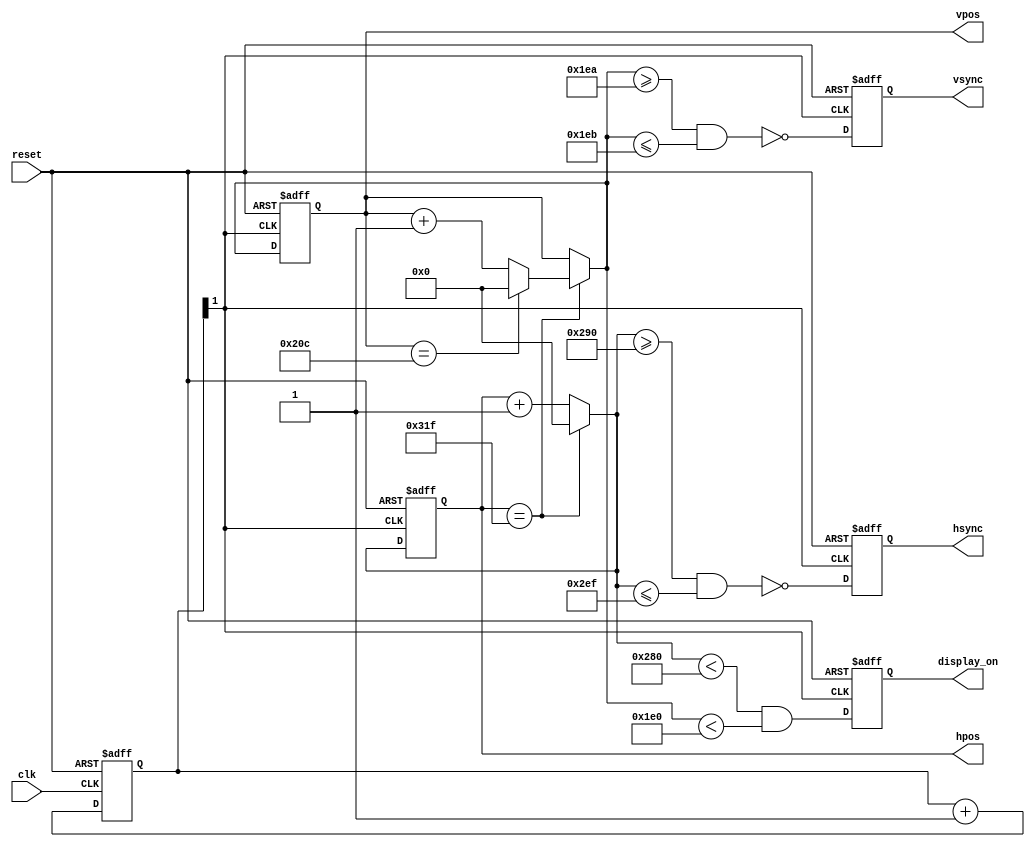
`timescale 1ns / 1ps
`define CLK_FREQUENCY  100000000

module vga
# (
    parameter N_MIXER_PIPE_STAGES = 0,

              HPOS_WIDTH          = 10,
              VPOS_WIDTH          = 10,

              // Horizontal constants

              H_DISPLAY           = 640,  // Horizontal display width
              H_FRONT             =  16,  // Horizontal right border (front porch)
              H_SYNC              =  96,  // Horizontal sync width
              H_BACK              =  48,  // Horizontal left border (back porch)

              // Vertical constants

              V_DISPLAY           = 480,  // Vertical display height
              V_BOTTOM            =  10,  // Vertical bottom border
              V_SYNC              =   2,  // Vertical sync # lines
              V_TOP               =  33   // Vertical top border
)
(
    input                         clk,
    input                         reset,
    output reg                    hsync,
    output reg                    vsync,
    output reg                    display_on,
    output reg [HPOS_WIDTH - 1:0] hpos,
    output reg [VPOS_WIDTH - 1:0] vpos
);

    // Derived constants

    localparam H_SYNC_START  = H_DISPLAY    + H_FRONT + N_MIXER_PIPE_STAGES,
               H_SYNC_END    = H_SYNC_START + H_SYNC  - 1,
               H_MAX         = H_SYNC_END   + H_BACK,

               V_SYNC_START  = V_DISPLAY    + V_BOTTOM,
               V_SYNC_END    = V_SYNC_START + V_SYNC  - 1,
               V_MAX         = V_SYNC_END   + V_TOP;

    // Calculating next values of the counters

    reg [HPOS_WIDTH - 1:0] d_hpos;
    reg [VPOS_WIDTH - 1:0] d_vpos;

    always @*
    begin
        if (hpos == H_MAX)
        begin
            d_hpos = 1'd0;
            if (vpos == V_MAX) d_vpos = 1'd0;
            else d_vpos = vpos + 1'd1;
        end
        else
        begin
          d_hpos = hpos + 1'd1;
          d_vpos = vpos;
        end
    end

         reg [1:0] clk_cnt;

        always @ (posedge clk or negedge reset)
            if (~reset) clk_cnt <= 2'b0;
            else clk_cnt <= clk_cnt + 1;

        wire clk_25 = clk_cnt [1];

    always @ (posedge clk_25 or negedge reset)
    begin
        if (~reset)
        begin
            hsync       <= 1'b0;
            vsync       <= 1'b0;
            display_on  <= 1'b0;
            hpos        <= 1'b0;
            vpos        <= 1'b0;
        end
        else 
        begin
            hsync       <= ~ (    d_hpos >= H_SYNC_START
                               && d_hpos <= H_SYNC_END   );
            vsync       <= ~ (    d_vpos >= V_SYNC_START
                               && d_vpos <= V_SYNC_END   );
            display_on  <=   (    d_hpos <  H_DISPLAY
                               && d_vpos <  V_DISPLAY    );
            hpos        <= d_hpos;
            vpos        <= d_vpos;
        end
    end

endmodule